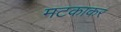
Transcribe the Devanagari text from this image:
मटकाकर